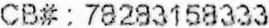
CB# : 78283158333